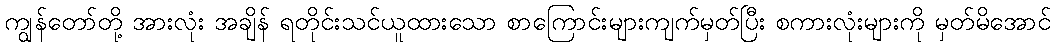
ကျွန်တော်တို့ အားလုံး အချိန် ရတိုင်းသင်ယူထားသော စာကြောင်းများကျက်မှတ်ပြီး စကားလုံးများကို မှတ်မိအောင်